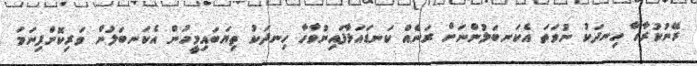
ރޭނުކުރާހާ ހިނދަކު ނުވަތަ އެކަނބަލުންނަށް ރަނެއް ކަނޑައަޅާފައިނުވާހާ ހިނދަކު ތިޔަބައިމީހުން އެކަނބަލުން ވަރިކޮށްފިނަމަ